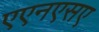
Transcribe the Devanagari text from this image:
एएनएसए